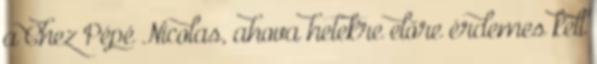
a Chez Pépé Nicolas, ahova hetekre előre érdemes kell